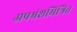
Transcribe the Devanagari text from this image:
अपभ्रंशमिश्रित